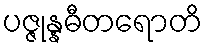
ပဇ္ဇုန္နဓီတရောတိ